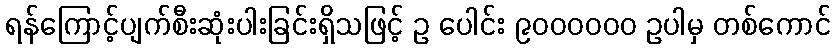
ရန်ကြောင့်ပျက်စီးဆုံးပါးခြင်းရှိသဖြင့် ဥ ပေါင်း ၉၀၀၀၀၀၀ ဥပါမှ တစ်ကောင်